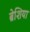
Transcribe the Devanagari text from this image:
ब्रेशिया